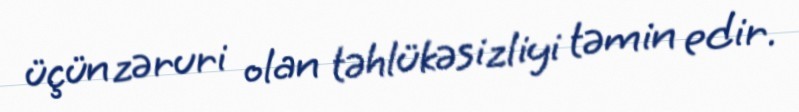
üçün zəruri olan təhlükəsizliyi təmin edir.